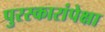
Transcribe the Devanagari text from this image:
पुरस्कारांपेक्षा